Alphabetical list of drugs, medicines and other preparations free from, and containing, spirit compiled from the results of tests made by the customs houses at Calcutta, Bombay, and Madras
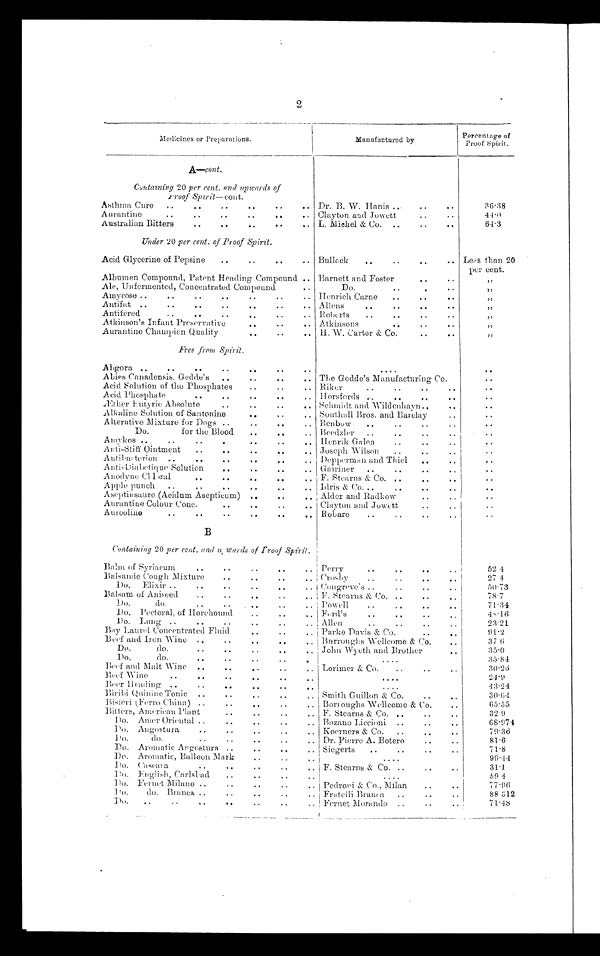
2
Medicines or Preparations.
Manufactured by
Percentage of
Proof Spirit.
A—cont.
Containing 20 per rent. and upwards of
Proof Spirit— cont.
Asthma Cure
Dr. B. W. Hanis
36·38
Aurantine
Clayton and Jowett
44·0
Australian Bitters
L. Michel & Co
64·3
Under 20 per cent. of Proof Spirit.
Acid Glycerine of Pepsine
Bullock Less than 20
per cent.
Albumen Compound, Patent Heading Compound
Barnett and Foster
, ,
Ale, Unfermented, Concentrated Compound
Do.
, ,
Amycose
Henrich Carne
, ,
Antifat
Allens
, ,
Antifered
Robcrts
, ,
Atkinson's Infant Preservative
Atkinsons
, ,
Aurantine Champion Quality
H. W. Carter & Co.
, ,
Free from Spirit.
Abgora
Abies Canadensis. Gedde's
The Gedde's Manufacturing Co.
Acid Solution of the Phosphates
Riker
Acid Phosphate
Horsfords
Æther Eutyric Absolute
Schmidt and Wildenhayn
Alkaline Solution of Santonine
Southall Bros. and Barclay
Alterative Mixture for Dogs
Benbow
Do.
for the Blood
Beedzler
Amykos. Henrik Galon
Anti-Stiff Ointment
Joseph Wilson
Antibaeterion
Depperman and Thiel
Anti-Diabetique Solution
Gairiner
Anodyne Clloral
F. Stearns & Co.
Apple punch
Idris & Co.
Aseptinsaure (Acidum Asepticum)
Alder and Radkow
Aurantine Colour Conc.
Clayton and Jowett
Aureoline
Robare
B
Containing 20 per cent. and upwards of Proof Spirit.
Balm of Syriaeum
Perry
52·4
Balsamic Cough Mixture
Crosby
2 7 · 1
Do. Elixir
Congreve's
5 0 · 7 3
Balsam of Aniseed
F. Stearns & Co.
7 8 · 7
Do. do
Powell
7 1 · 3 4
Do. Pectoral of Horehound
Ford's
48·16
Do. Lung
Allen
2 3 · 2 1
Bay Laurel Concentrated Fluid
Parke Davis & Co.
91·2
Beef and Iron Wine
Burroughs Wellcome & Co.
37·6
Do. do.
John Wyeth and Brother
35·0
Do. do.
35·84
Beef and Malt Wine
Lorimer & Co.
30·20
Beef Wine
24·9
Beer Hending
43·24
Biribi Quinine Tonic
Smith Guillon & Co.
30·64
Bisieri (Ferro China)
Borroughs Wellcome & Co.
..
65·55
Bitters, American Plant
F. Stearns & Co.
32 9
Do. Amer Oriental
Bozano Liccioni
6 8 · 9 7 4
Do. Angostura
Koerners & Co.
79·36
Do . do.
Dr. Pierre A. Botero
81·6
Do. Aromatic Angostura
Siegerts
71·8
Do. Aromatic, Balloon Mark
99·44
Do. Caseara
F. Stearns & Co.
31·1
Do. English, Carlsbad
59·4
Do. Fernet Milano
Pedrori & Co., Milan
77·96
Do. do. Branca
Fratelli Branca
88·312
Do.
Fernet Morando
71·48